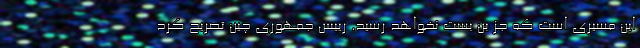
این مسیری است که جز بن بست نخواهد رسید. رییس جمهوری چین تصریح کرد